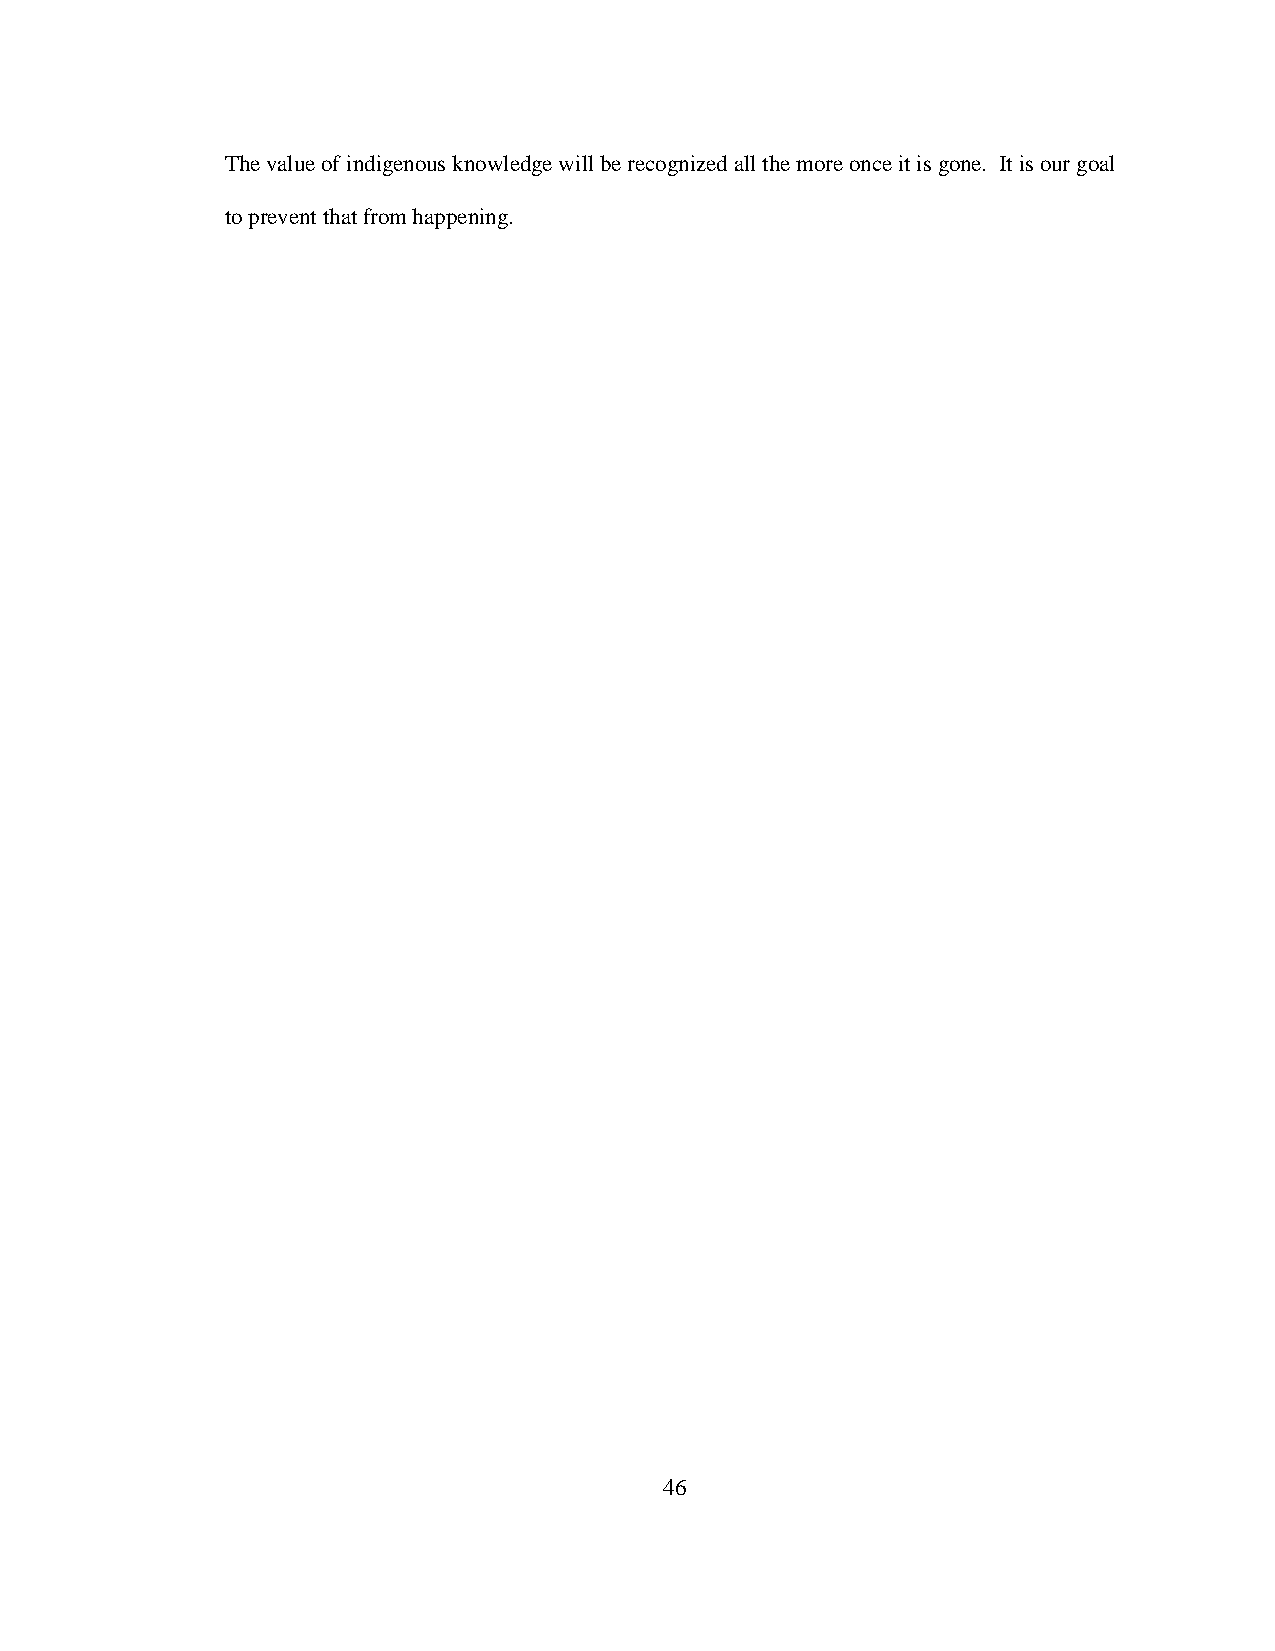
The value of indigenous knowledge will be recognized all the more once it is gone. It is our goal
 to prevent that from happening.
 46